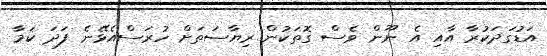
އަޑުގަދަކުރާ އާއި އެ ނޫން ވެސް ގޮތަކުން ރިޔާސަތަށް ހުރަސްއެޅޭނެ ފަދަ ކަމާ